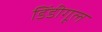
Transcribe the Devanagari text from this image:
डिंडीगूल